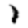
Digit: 1